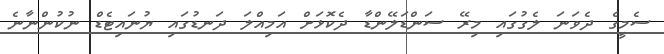
ސެމީގެ ދެވަނަ ލެގުގައި މިރޭ ސަންޑަލޭންޑާ ދެކޮޅަށް އަމިއްލަ ދަނޑުގައި ޔުނައިޓެޑް ނުކުންނާނެ